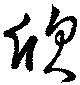
欣